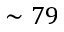
\sim 7 9